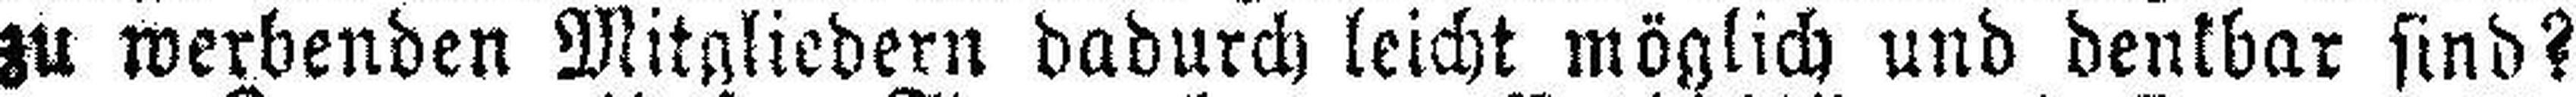
zu werbenden Mitgliedern dadurch leicht möglich und denkbar sind?